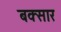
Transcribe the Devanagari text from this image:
बक्सार